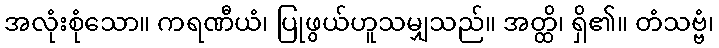
အလုံးစုံသော။ ကရဏီယံ၊ ပြုဖွယ်ဟူသမျှသည်။ အတ္ထိ၊ ရှိ၏။ တံသဗ္ဗံ၊